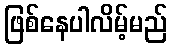
ဖြစ်နေပါလိမ့်မည်